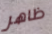
ظاهر